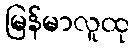
မြန်မာလူထု